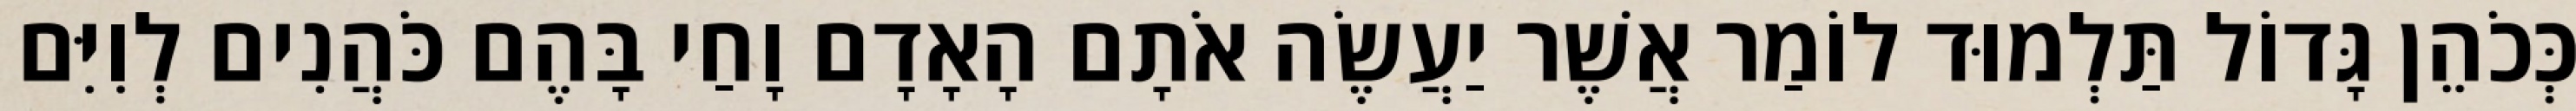
כְּכֹהֵן גָּדוֹל תַּלְמוּד לוֹמַר אֲשֶׁר יַעֲשֶׂה אֹתָם הָאָדָם וָחַי בָּהֶם כֹּהֲנִים לְוִיִּם